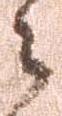
々